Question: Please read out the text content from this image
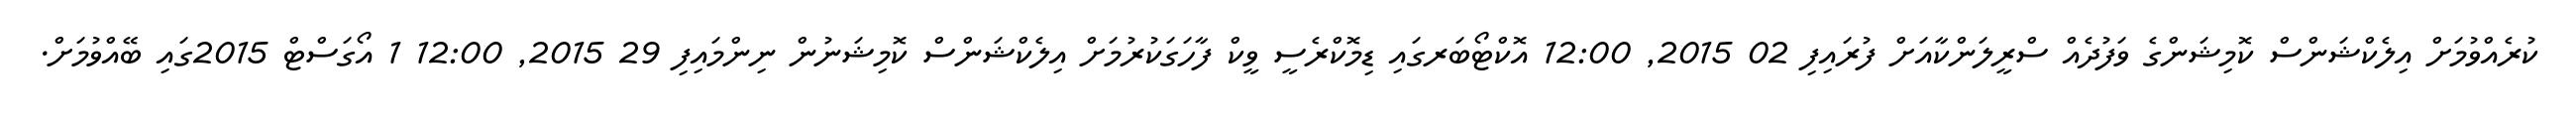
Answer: ކުރެއްވުމަށް އިލެކްޝަންސް ކޮމިޝަންގެ ވަފުދެއް ސްރީލަންކާއަށް ފުރައިފި 02 2015, 12:00 އޮކްޓޯބަރގައި ޑިމޮކްރެސީ ވީކް ފާހަގަކުރުމަށް އިލެކްޝަންސް ކޮމިޝަނުން ނިންމައިފި 29 2015, 12:00 1 އޯގަސްޓް 2015ގައި ބޭއްވުމަށް.